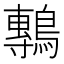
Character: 鷒